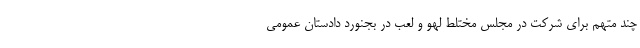
چند متهم برای شرکت در مجلس مختلط لهو و لعب در بجنورد دادستان عمومی